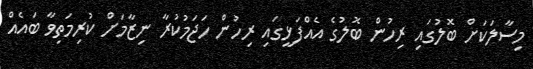
މިސާލަކަށް ބޮލުގައި ރިހުން ބޮލުގެ އެއްފަޅީގައި ރިހުން ހަޖަމުކުރާ ނިޒާމަށް ކުރިމަތިވާ ބައެއް